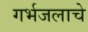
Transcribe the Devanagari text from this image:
गर्भजलाचे